Civil Veterinary Department Bihar & Orissa reports 1922-29 - 1922-1929
Year: 1922
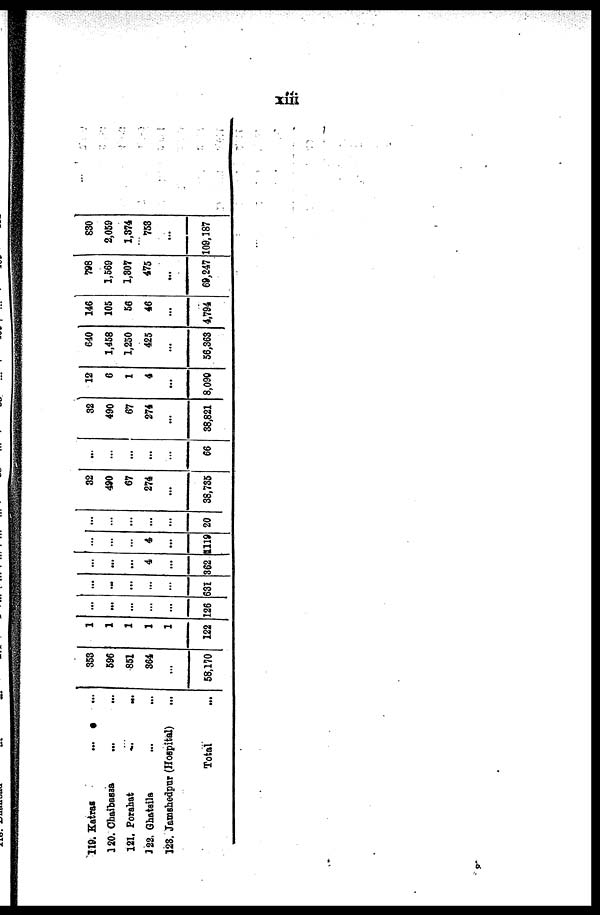
119.
320.
121.
322.
123.
Katras ... ...
Chaibassa ... ...
Porahat ... ...
Ghatsila ... ...
Jamshedpur (Hospital) ...
Total ...
353
596
851
364
...
58,170 122
...
...
...
...
...
126
...
...
...
...
...
631
...
...
...
4
...
...
...
4
...
362 1119
...
...
...
...
...
20
32
490
67
274
...
38,735
...
...
...
...
...
66
32
490
67
274
...
38,821
12
6
1
4
...
8,090
640
1,458
1,250
425
...
56,363
146
105
56
46
...
4,794
798
1,569
1,307
475
...
69,247
830
2,059
1,374
753
...
109,187